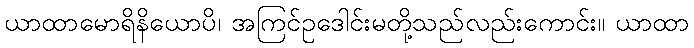
ယာထာမောရိနိယောပိ၊ အကြင်ဥဒေါင်းမတို့သည်လည်းကောင်း။ ယာထာ